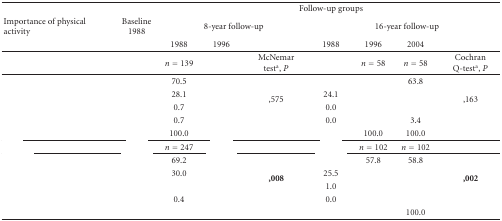
<table><thead><tr><td>[EMPTY_CELL]</td><td>[EMPTY_CELL]</td><td colspan="7"><b>Follow-up groups</b></td></tr><tr><td><b>Importance of physical activity</b></td><td><b>Baseline 1988</b></td><td colspan="3"><b>8-year follow-up</b></td><td colspan="4"><b>16-year follow-up</b></td></tr><tr><td>[EMPTY_CELL]</td><td>[EMPTY_CELL]</td><td><b>1988</b></td><td><b>1996</b></td><td>[EMPTY_CELL]</td><td><b>1988</b></td><td><b>1996</b></td><td><b>2004</b></td><td>[EMPTY_CELL]</td></tr></thead><tbody><tr><td>[EMPTY_CELL]</td><td>[EMPTY_CELL]</td><td><i>n</i> = 139</td><td>[EMPTY_CELL]</td><td>McNemar test<sup>a</sup>, <i>P</i></td><td>[EMPTY_CELL]</td><td><i>n</i> = 58</td><td><i>n</i> = 58</td><td>Cochran Q-test<sup>a</sup>, <i>P</i></td></tr><tr><td>[EMPTY_CELL]</td><td>[EMPTY_CELL]</td><td>70.5</td><td>[EMPTY_CELL]</td><td rowspan="4">,575</td><td>[EMPTY_CELL]</td><td>[EMPTY_CELL]</td><td>63.8</td><td rowspan="4">,163</td></tr><tr><td>[EMPTY_CELL]</td><td>[EMPTY_CELL]</td><td>28.1</td><td>[EMPTY_CELL]</td><td>24.1</td><td>[EMPTY_CELL]</td><td>[EMPTY_CELL]</td></tr><tr><td>[EMPTY_CELL]</td><td>[EMPTY_CELL]</td><td>0.7</td><td>[EMPTY_CELL]</td><td>0.0</td><td>[EMPTY_CELL]</td><td>[EMPTY_CELL]</td></tr><tr><td>[EMPTY_CELL]</td><td>[EMPTY_CELL]</td><td>0.7</td><td>[EMPTY_CELL]</td><td>0.0</td><td>[EMPTY_CELL]</td><td>3.4</td></tr><tr><td>[EMPTY_CELL]</td><td>[EMPTY_CELL]</td><td>100.0</td><td>[EMPTY_CELL]</td><td>[EMPTY_CELL]</td><td>[EMPTY_CELL]</td><td>100.0</td><td>100.0</td><td>[EMPTY_CELL]</td></tr><tr><td>[EMPTY_CELL]</td><td>[EMPTY_CELL]</td><td><i>n</i> = 247</td><td>[EMPTY_CELL]</td><td>[EMPTY_CELL]</td><td>[EMPTY_CELL]</td><td><i>n</i> = 102</td><td><i>n</i> = 102</td><td>[EMPTY_CELL]</td></tr><tr><td>[EMPTY_CELL]</td><td>[EMPTY_CELL]</td><td>69.2</td><td>[EMPTY_CELL]</td><td rowspan="4"><b>,008</b></td><td>[EMPTY_CELL]</td><td>57.8</td><td>58.8</td><td rowspan="4"><b>,002</b></td></tr><tr><td>[EMPTY_CELL]</td><td>[EMPTY_CELL]</td><td>30.0</td><td>[EMPTY_CELL]</td><td>25.5</td><td>[EMPTY_CELL]</td><td>[EMPTY_CELL]</td></tr><tr><td>[EMPTY_CELL]</td><td>[EMPTY_CELL]</td><td>[EMPTY_CELL]</td><td>[EMPTY_CELL]</td><td>1.0</td><td>[EMPTY_CELL]</td><td>[EMPTY_CELL]</td></tr><tr><td>[EMPTY_CELL]</td><td>[EMPTY_CELL]</td><td>0.4</td><td>[EMPTY_CELL]</td><td>0.0</td><td>[EMPTY_CELL]</td><td>[EMPTY_CELL]</td></tr><tr><td>[EMPTY_CELL]</td><td>[EMPTY_CELL]</td><td>[EMPTY_CELL]</td><td>[EMPTY_CELL]</td><td>[EMPTY_CELL]</td><td>[EMPTY_CELL]</td><td>[EMPTY_CELL]</td><td>100.0</td><td>[EMPTY_CELL]</td></tr></tbody></table>